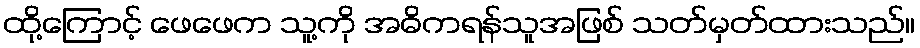
ထို့ကြောင့် ဖေဖေက သူ့ကို အဓိကရန်သူအဖြစ် သတ်မှတ်ထားသည်။